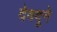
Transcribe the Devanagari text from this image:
देवदूने